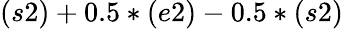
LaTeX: (s2)+0.5*(e2)-0.5*(s2)